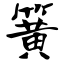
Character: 簧